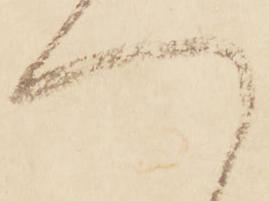
へ